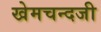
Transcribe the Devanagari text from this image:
खेमचन्दजी